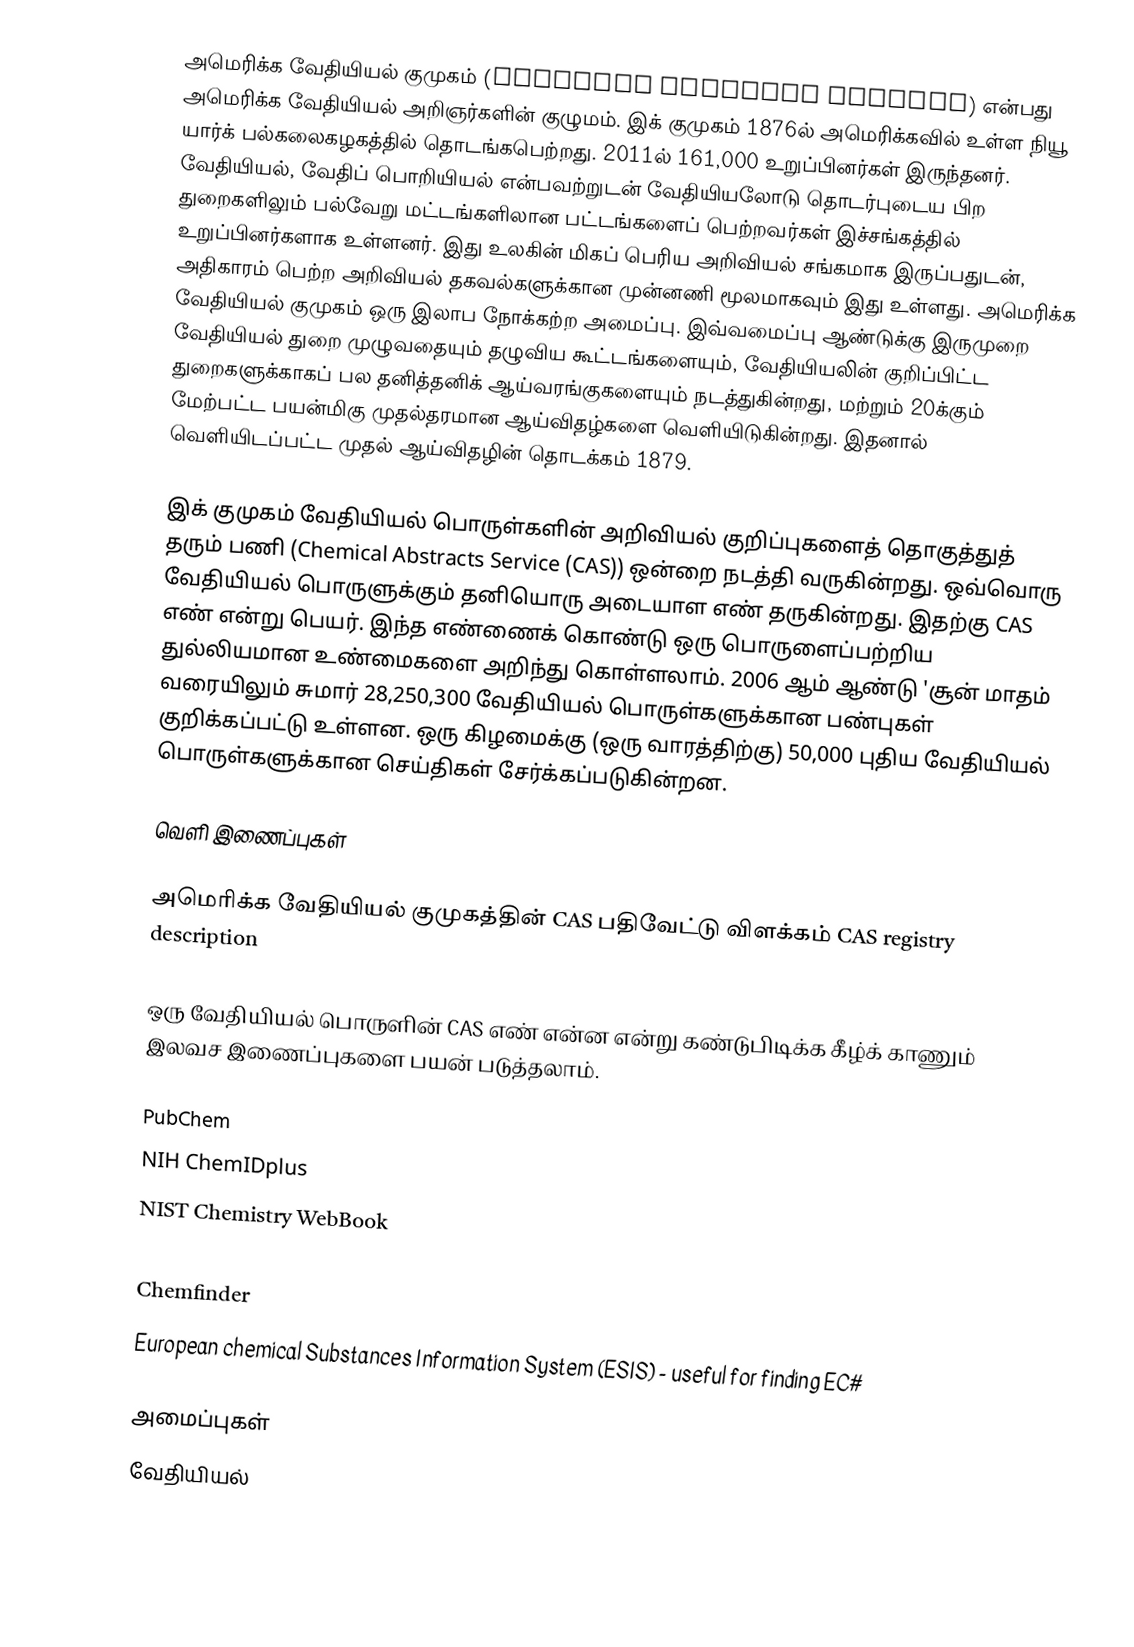
அமெரிக்க வேதியியல் குமுகம் (American Chemical Society) என்பது அமெரிக்க வேதியியல் அறிஞர்களின் குழுமம். இக் குமுகம் 1876ல் அமெரிக்கவில் உள்ள நியூ யார்க் பல்கலைகழகத்தில் தொடங்கபெற்றது. 2011ல் 161,000 உறுப்பினர்கள் இருந்தனர். வேதியியல், வேதிப் பொறியியல் என்பவற்றுடன் வேதியியலோடு தொடர்புடைய பிற துறைகளிலும் பல்வேறு மட்டங்களிலான பட்டங்களைப் பெற்றவர்கள் இச்சங்கத்தில் உறுப்பினர்களாக உள்ளனர். இது உலகின் மிகப் பெரிய அறிவியல் சங்கமாக இருப்பதுடன், அதிகாரம் பெற்ற அறிவியல் தகவல்களுக்கான முன்னணி மூலமாகவும் இது உள்ளது. அமெரிக்க வேதியியல் குமுகம் ஒரு இலாப நோக்கற்ற அமைப்பு. இவ்வமைப்பு ஆண்டுக்கு இருமுறை வேதியியல் துறை முழுவதையும் தழுவிய கூட்டங்களையும், வேதியியலின் குறிப்பிட்ட துறைகளுக்காகப் பல தனித்தனிக் ஆய்வரங்குகளையும் நடத்துகின்றது, மற்றும் 20க்கும் மேற்பட்ட பயன்மிகு முதல்தரமான ஆய்விதழ்களை வெளியிடுகின்றது. இதனால் வெளியிடப்பட்ட முதல் ஆய்விதழின் தொடக்கம் 1879.

இக் குமுகம் வேதியியல் பொருள்களின் அறிவியல் குறிப்புகளைத் தொகுத்துத் தரும் பணி (Chemical Abstracts Service (CAS)) ஒன்றை நடத்தி வருகின்றது. ஒவ்வொரு வேதியியல் பொருளுக்கும் தனியொரு அடையாள எண் தருகின்றது. இதற்கு CAS எண் என்று பெயர். இந்த எண்ணைக் கொண்டு ஒரு பொருளைப்பற்றிய துல்லியமான உண்மைகளை அறிந்து கொள்ளலாம். 2006 ஆம் ஆண்டு 'சூன் மாதம் வரையிலும் சுமார் 28,250,300 வேதியியல் பொருள்களுக்கான பண்புகள் குறிக்கப்பட்டு உள்ளன. ஒரு கிழமைக்கு (ஒரு வாரத்திற்கு) 50,000 புதிய வேதியியல் பொருள்களுக்கான செய்திகள் சேர்க்கப்படுகின்றன.

வெளி இணைப்புகள்

 அமெரிக்க வேதியியல் குமுகத்தின் CAS பதிவேட்டு விளக்கம் CAS registry description

ஒரு வேதியியல் பொருளின் CAS எண் என்ன என்று கண்டுபிடிக்க கீழ்க் காணும் இலவச இணைப்புகளை பயன் படுத்தலாம்.

 PubChem
 NIH ChemIDplus
 NIST Chemistry WebBook
 NCI Database Browser
 Chemfinder
 European chemical Substances Information System (ESIS)  - useful for finding EC#

அமைப்புகள்
வேதியியல்